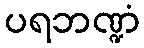
ပရဘဏ္ဍံ